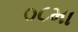
૦૮મા